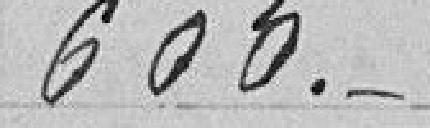
600